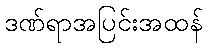
ဒဏ်ရာအပြင်းအထန်